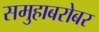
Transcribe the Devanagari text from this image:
समुहाबरोबर